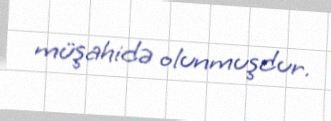
müşahidə olunmuşdur.